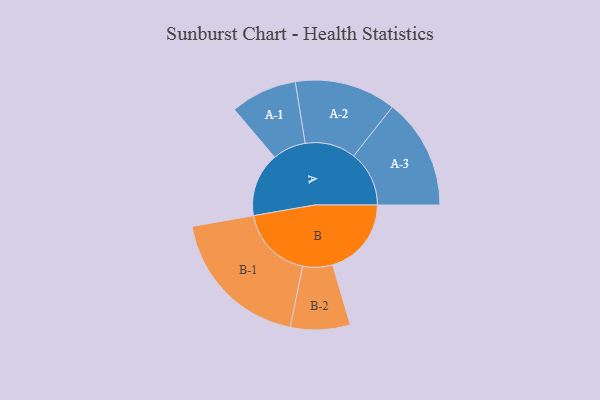
{"axis": {"x": "Segment", "y": "Value"}, "legend": ["", "A", "B"], "data": [{"x": "A", "y": 257, "type": ""}, {"x": "B", "y": 317, "type": ""}, {"x": "A-1", "y": 134, "type": "A"}, {"x": "A-2", "y": 204, "type": "A"}, {"x": "A-3", "y": 223, "type": "A"}, {"x": "B-1", "y": 296, "type": "B"}, {"x": "B-2", "y": 120, "type": "B"}]}